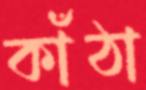
কাঁঠা